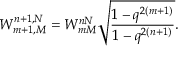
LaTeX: W _ { m + 1 , M } ^ { n + 1 , N } = W _ { m M } ^ { n N } \sqrt { \frac { 1 - q ^ { 2 ( m + 1 ) } } { 1 - q ^ { 2 ( n + 1 ) } } } .